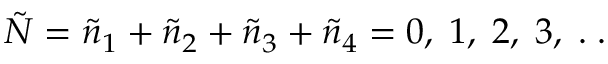
\tilde { N } = \tilde { n } _ { 1 } + \tilde { n } _ { 2 } + \tilde { n } _ { 3 } + \tilde { n } _ { 4 } = 0 , \; 1 , \; 2 , \; 3 , \; . \; .